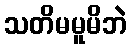
သတိမမူမိဘဲ